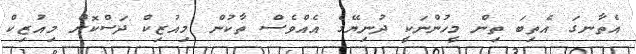
އެތާނގަ އެތިބަ ތިން މީހުންނަކީ ދުނިޔޭގެ އެއްވެސް ތާކުން މިއުޒިކް ދަސްކޮށް މިއުޒިކް